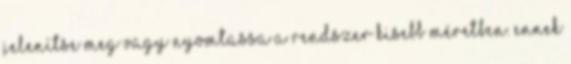
jelenítse meg vagy nyomtassa a rendszer kisebb méretben. Ennek